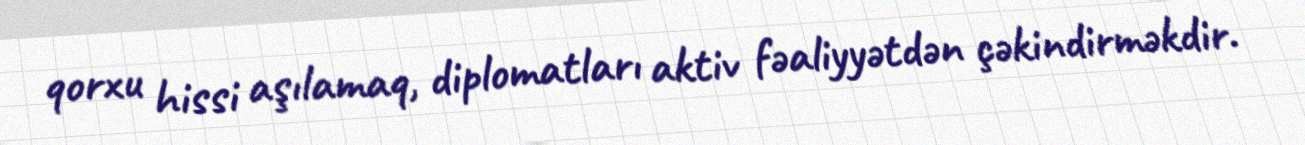
qorxu hissi aşılamaq, diplomatları aktiv fəaliyyətdən çəkindirməkdir.